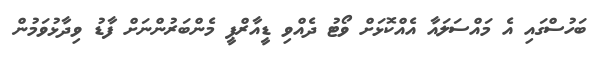
ބަހުސްގައި އެ މައްސަލައާ އެއްކޮޅަށް ވޯޓު ދެއްވި ޑީއާރްޕީ މެންބަރުންނަށް ފާޑު ވިދާޅުވަމުން